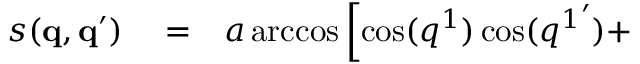
\begin{array} { r l r } { s ( \mathbf { q } , \mathbf { q } ^ { \prime } ) } & { { } = } & { a \operatorname { a r c c o s } \left[ \cos ( q ^ { 1 } ) \cos ( { q ^ { 1 } } ^ { \prime } ) + \right. } \end{array}